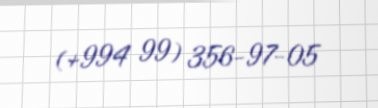
(+994 99) 356-97-05